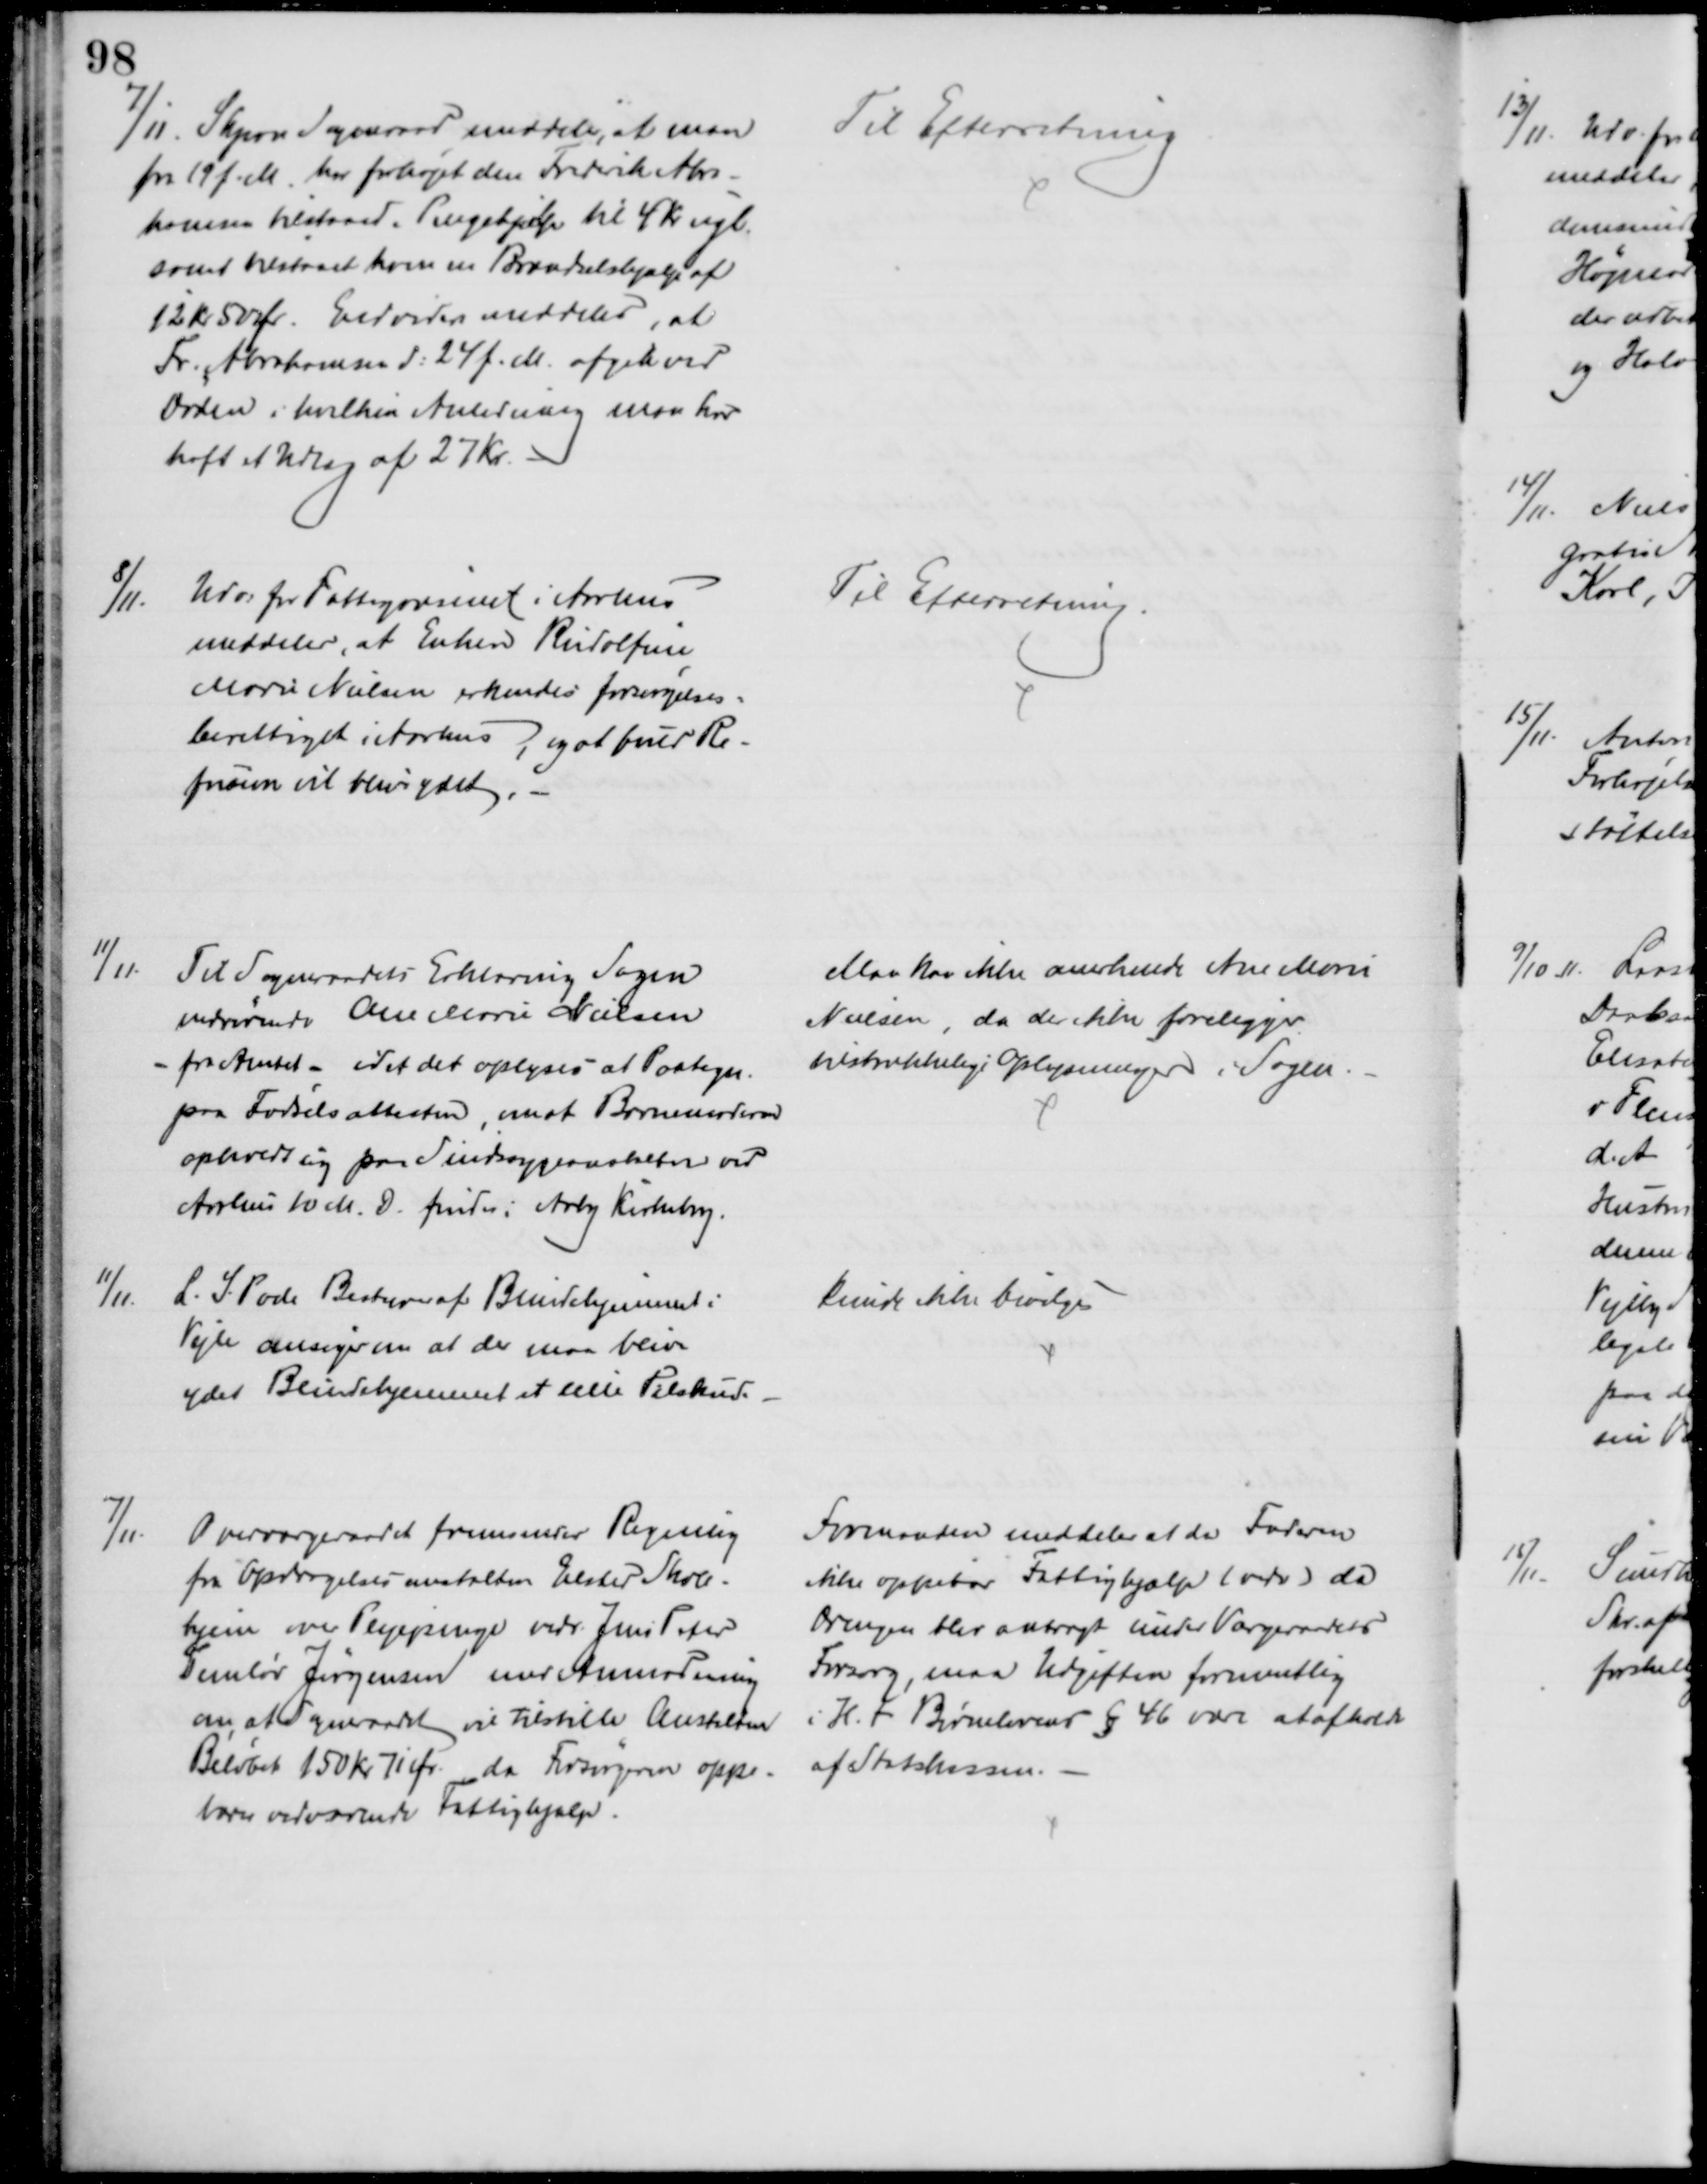
Transskription:
7/11. Skjern Sogneraad meddeler, at man
fra 19 f. M. har forhøjet den Frederik Abra-
hamsen tilstaaede Pengehjælp til 4 Kr ugl.
samt tilstaaet ham en Brændselshjælp af
12 kr 50 Ør. Endvidere meddeles, at
Fr. Abrahamsen d: 24 f. M. afgik ved
Døden i hvilken Anledning man har
haft et Udlæg af 27 Kr.
Til Efterretning
8/11.
Udv. for Fattigvæsenet i Aarhus
meddeler at Enken Rudolfine
Marie Nielsen erkendes forsørgelses=
berettiget i Aarhus, og at fuld Re-
fusion vil blive ydet
Til Efterretning.
11/11.
Til Sogneraadets Erklæring Sagen
vedrørende Ane Marie Nielsen
- fra Amtet - idet det oplyses at Paategn.
paa Fødselsattesten, om at Barnemoderen
opholdt sig paa Sindssygeanstalten ved
Aarhus 10 M. D. findes i Aaby Kirkebog.
Man kan ikke anerkende Ane Marie
Nielsen, da der ikke foreligger.
tilstrækkelige Oplysninger i Sagen.
11/11.
L. S. Pode Bestyrer af Blindehjemmet i
Vejle ansøger om at der maa blive
ydet Blindehjemmet et lille Tilskud.
kunde ikke bevilges
7/11.
Overværgeraadet fremsender Regning
fra Opdragelsesanstalten Elsted Skole-
hjem over Plejepenge vedr. Jens Peter
Temløv Jørgensen med Anmodning
om, at Sogneraadet vil tilstille Anstalten
Beløbet 150 Kr 71 Øre da Forsørgeren oppe-
bærer vedvarende Fattighjælp.
Formanden meddeler at da Faderen
ikke oppebar Fattighjælp (vedv) da
Drengen blev anbragt under Værgeraadets
Forsorg, maa Udgiften formentlig
i H. t. Børnelovens § 46 være at afholde
af Statskassen.